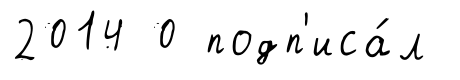
2014 0 подп'иса́л